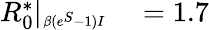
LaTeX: \begin{array}{rl}{R_{0}^{*}|_{\substack{_{\beta(e^{S}-1)I}}}}&{{}=1.7}\end{array}